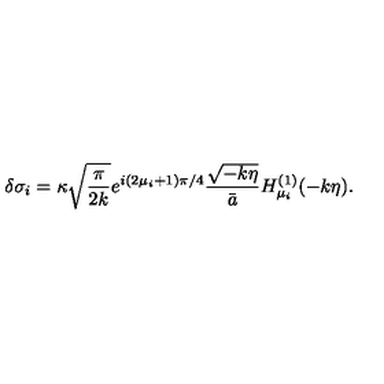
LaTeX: \delta \sigma _ { i } = \kappa \sqrt { { \frac { \pi } { 2 k } } } e ^ { i ( 2 \mu _ { i } + 1 ) \pi / 4 } { \frac { \sqrt { - k \eta } } { \bar { a } } } H _ { \mu _ { i } } ^ { ( 1 ) } ( - k \eta ) .